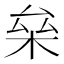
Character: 㕖